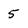
Character: 5